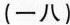
(一八)